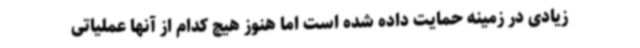
زیادی در زمینه حمایت داده شده است اما هنوز هیچ کدام از آنها عملیاتی